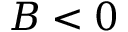
B < 0